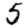
Digit: 5